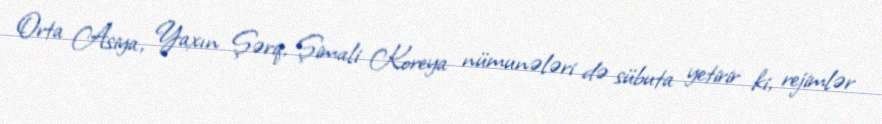
Orta Asiya, Yaxın Şərq, Şimali Koreya nümunələri də sübuta yetirir ki, rejimlər